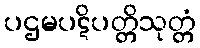
ပဌမပဋိပတ္တိသုတ္တံ